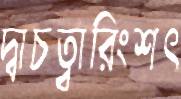
দ্বাচত্বারিংশৎ